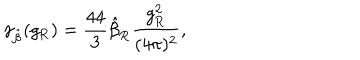
\gamma _ { \hat { \beta } } ( g _ { \mathrm { R } } ) = \frac { 4 4 } 3 \hat { \beta } _ { \mathrm { R } } \frac { g _ { \mathrm { R } } ^ { 2 } } { ( 4 \pi ) ^ { 2 } } ,